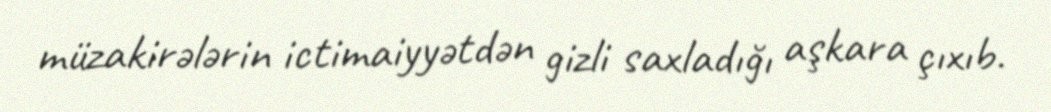
müzakirələrin ictimaiyyətdən gizli saxladığı aşkara çıxıb.